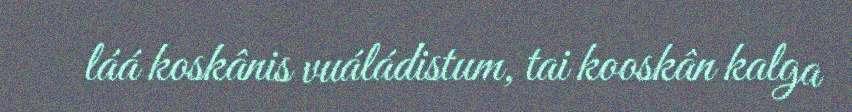
láá koskânis vuáládistum, tai kooskân kalga